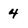
Character: 4